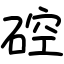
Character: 硿